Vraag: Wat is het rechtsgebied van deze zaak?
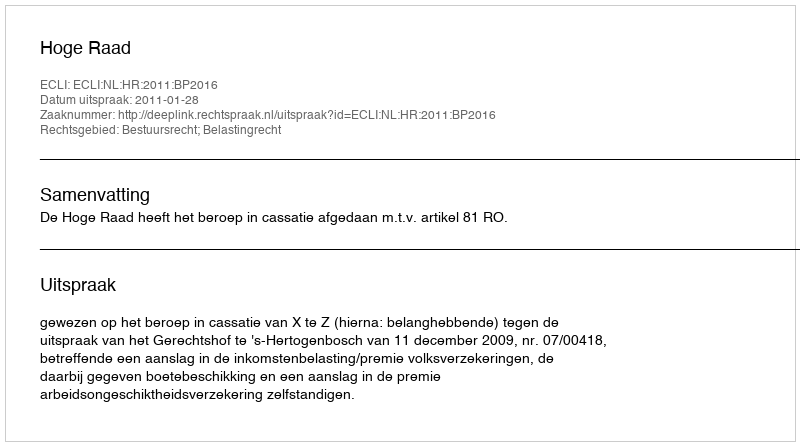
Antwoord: Bestuursrecht; Belastingrecht